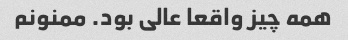
همه چیز واقعا عالی بود. ممنونم